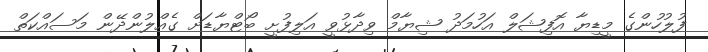
ފުލުހުންގެ މީޑިޔާ އޮފިޝަލް އަހުމަދު ޝިޔާމް ވިދާޅުވީ އަލިފުށީ ބޯޓްޔާޑަށް ގެއްލުންދޭން މަސައްކަތް